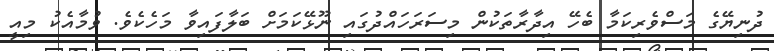
ދުނިޔޭގެ މަސްވެރިކަމާ ބެހޭ އިދާރާތަކުން މިސަރަހައްދުގައި ނޫޅޭކަމަށް ބަލާފައިވާ މަހެކެވެ. ވުމާއެކު މިއީ